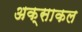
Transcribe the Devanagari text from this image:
अक्साकल